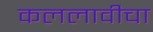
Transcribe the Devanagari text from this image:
कललावीचा